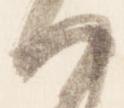
ハ